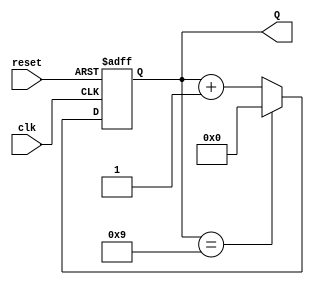
module decade_asynchronous_counter (
    input wire clk,      // Input signal to trigger the counter
    input wire reset,    // Asynchronous reset signal
    output reg [3:0] Q   // 4-bit output representing the current count
);

// Asynchronous reset and counting logic
always @(posedge clk or posedge reset) begin
    if (reset) begin
        Q <= 4'b0000; // Reset the counter to 0
    end else begin
        if (Q == 4'b1001) begin
            Q <= 4'b0000; // Reset to 0 when reaching 10 (1010)
        end else begin
            Q <= Q + 1; // Increment the counter
        end
    end
end

endmodule